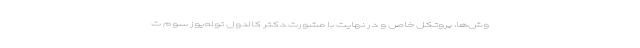
وش‌ها، پروتکل‌ خاص و در نهایت با مشورت دکتر کالدول توله‌یوز سوم ت